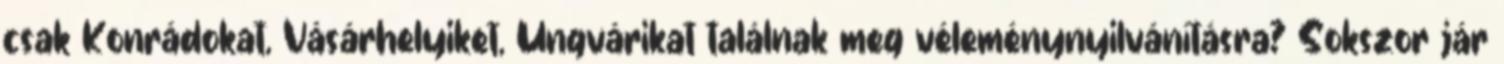
csak Konrádokat, Vásárhelyiket, Ungvárikat találnak meg véleménynyilvánításra? Sokszor jár